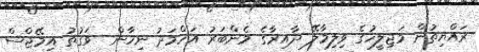
ރައްޔިތުން މަޖިލީހުގެ ވިލިމާލޭ ދާއިރާގެ މެންބަރު އަހްމަދު ނިހާން  ވަގުތު އިމޭޖްސް